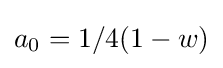
a_{0}=1/4(1-w)